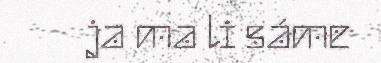
ja ma li sáme